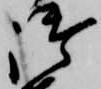
御